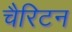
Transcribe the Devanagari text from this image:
चैरिटन